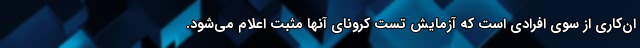
ان‌کاری از سوی افرادی است که آزمایش تست کرونای آنها مثبت اعلام می‌شود.